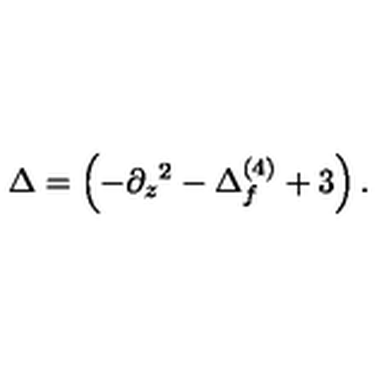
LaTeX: \Delta = \left( - \partial _ { z } { } ^ { 2 } - \Delta _ { f } ^ { ( 4 ) } + 3 \right) .